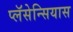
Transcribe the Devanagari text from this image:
प्लॅसेन्सियास